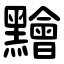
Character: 䵳